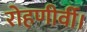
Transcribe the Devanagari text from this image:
रोहणीर्वी।